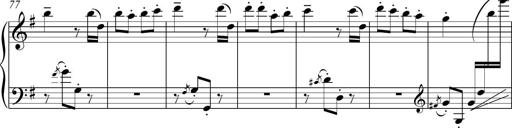
Title: Sonatina del HuÃ©car
Composer: JosÃ© Miguel Moreno Sabio